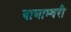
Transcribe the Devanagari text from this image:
बाणाम्बरी